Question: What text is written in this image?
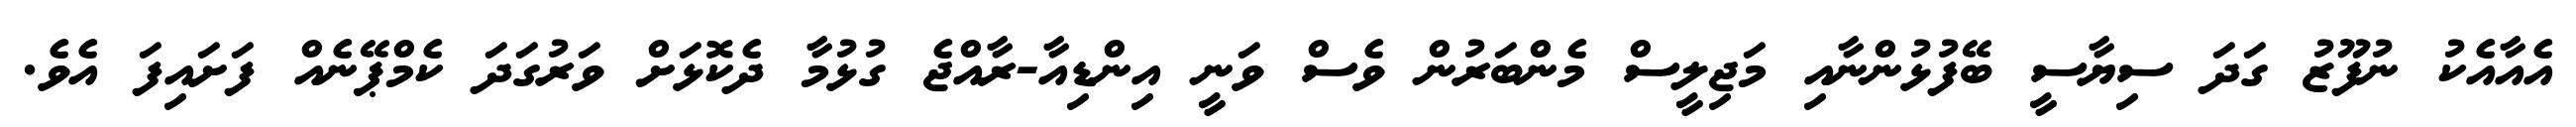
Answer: އެއާއެކު ނުފޫޒު ގަދަ ސިޔާސީ ބޭފުޅުންނާއި މަޖިލީސް މެންބަރުން ވެސް ވަނީ އިންޑިއާ-ރާއްޖެ ގުޅުމާ ދެކޮޅަށް ވަރުގަދަ ކެމްޕޭނެއް ފަށައިފަ އެވެ.